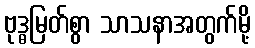
ဗုဒ္ဓမြတ်စွာ သာသနာအတွက်မို့